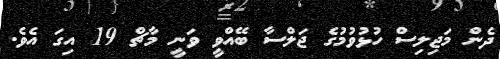
ދެން މަޖިލިސް ހުޅުވުމުގެ ޖަލްސާ ބޭއްވީ ވަނީ މާޗް 19 އިގަ އެވެ.